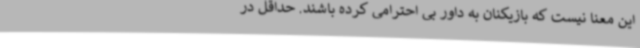
این معنا نیست که بازیکنان به داور بی احترامی کرده باشند. حداقل در